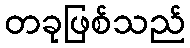
တခုဖြစ်သည်